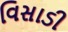
વિસાડી